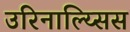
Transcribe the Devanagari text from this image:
उरिनाल्य्सिस